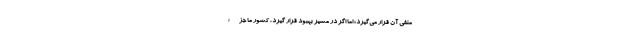
منفی آن قرار می‌گیرد؛ اما اگر در مسیر بهبود قرار گیرد، کشور ما جزء